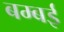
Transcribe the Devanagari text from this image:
बम्‍बई